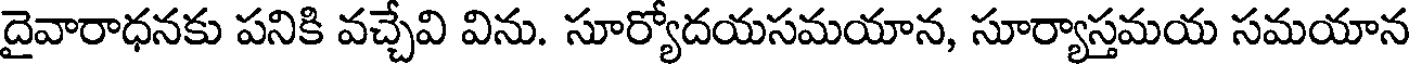
దైవారాధనకు పనికి వచ్చేవి విను. సూర్యోదయసమయాన, సూర్యాస్తమయ సమయాన